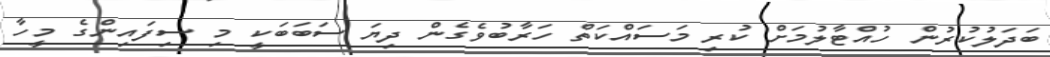
ބަދަލުކުރުން ހުއްޓާލުމަށް ކުރި މަސައްކަތް ހަރާބުވެގެން ދިޔަ ސަބަބަކީ މި ސިފައިންގެ މީހާ